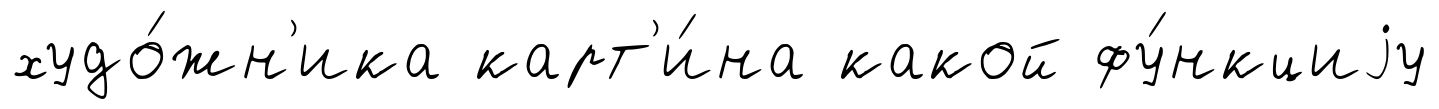
худо́жн'ика карт'и́на какой фу́нкциjу